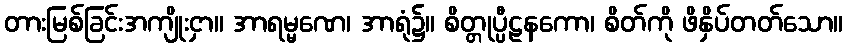
တားမြစ်ခြင်းအကျိုးငှာ။ အာရမ္မဏေ၊ အာရုံ၌။ စိတ္တုပ္ပီဠနကော၊ စိတ်ကို ဖိနှိပ်တတ်သော။